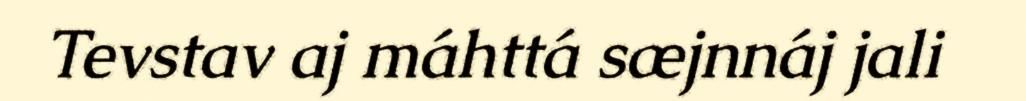
Tevstav aj máhttá sæjnnáj jali